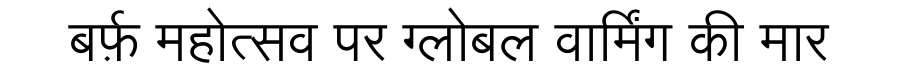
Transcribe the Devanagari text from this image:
बर्फ़ महोत्सव पर ग्लोबल वार्मिंग की मार